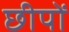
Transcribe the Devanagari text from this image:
छीपों